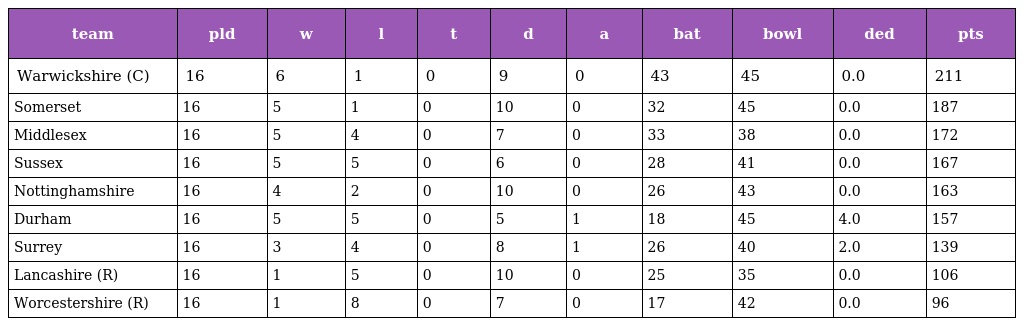
| team | pld | w | l | t | d | a | bat | bowl | ded | pts |
 | --- | --- | --- | --- | --- | --- | --- | --- | --- | --- | --- |
 | Warwickshire (C) | 16 | 6 | 1 | 0 | 9 | 0 | 43 | 45 | 0.0 | 211 |
 | Somerset | 16 | 5 | 1 | 0 | 10 | 0 | 32 | 45 | 0.0 | 187 |
 | Middlesex | 16 | 5 | 4 | 0 | 7 | 0 | 33 | 38 | 0.0 | 172 |
 | Sussex | 16 | 5 | 5 | 0 | 6 | 0 | 28 | 41 | 0.0 | 167 |
 | Nottinghamshire | 16 | 4 | 2 | 0 | 10 | 0 | 26 | 43 | 0.0 | 163 |
 | Durham | 16 | 5 | 5 | 0 | 5 | 1 | 18 | 45 | 4.0 | 157 |
 | Surrey | 16 | 3 | 4 | 0 | 8 | 1 | 26 | 40 | 2.0 | 139 |
 | Lancashire (R) | 16 | 1 | 5 | 0 | 10 | 0 | 25 | 35 | 0.0 | 106 |
 | Worcestershire (R) | 16 | 1 | 8 | 0 | 7 | 0 | 17 | 42 | 0.0 | 96 |